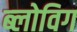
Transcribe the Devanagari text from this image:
ब्‍लोविग